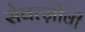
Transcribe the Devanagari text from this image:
सेवर्त्ज़ोवी